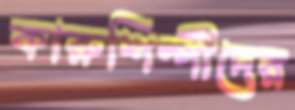
কারুশিল্পীদের